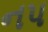
નપ